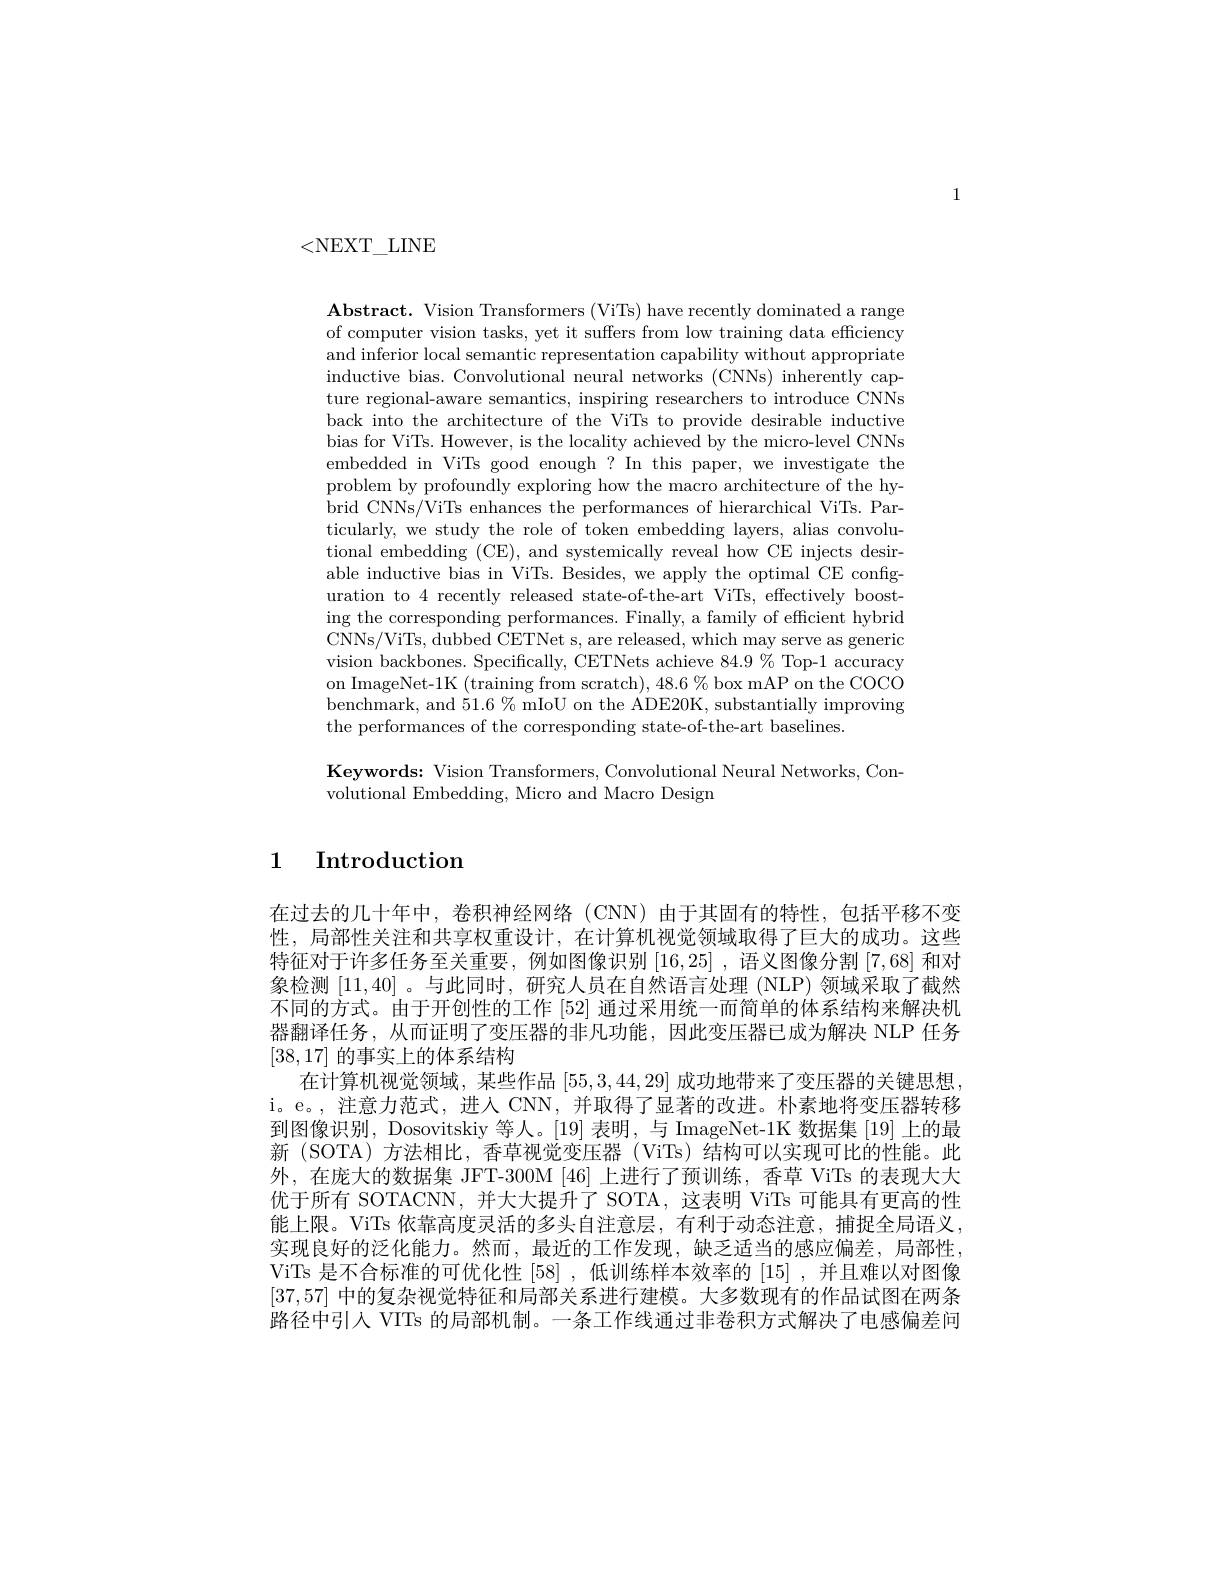
1

<NEXT\_LINE

Abstract. Vision Transformers ( ViTs) have recently dominated a range of computer vision tasks, yet it suffers from low training data efficiency and inferior local semantic representation capability without appropriate inductive bias. Convolutional neural networks (CNNs) inherently capture regional-aware semantics, inspiring researchers to introduce CNNs back into the architecture of the ViTs to provide desirable inductive bias for ViTs. However, is the locality achieved by the micro-level CNNs embedded in ViTs good enough ? In this paper, we investigate the problem by profoundly exploring how the macro architecture of the hybrid CNNs/ViTs enhances the performances of hierarchical ViTs. Particularly, we study the role of token embedding layers, alias convolutional embedding (CE), and systemically reveal how CE injects desirable inductive bias in ViTs. Besides, we apply the optimal CE configuration to 4 recently released state-of-the-art ViTs, effectively boosting the corresponding performances. Finally, a family of efficient hybrid CNNs/ViTs, dubbed CETNet s, are released, which may serve as generic vision backbones. Specifically, CETNets achieve 84.9% Top-1 accuracy on ImageNet-1K (training from scratch), 48.6% box mAP on the COCO benchmark, and $51.6\%$ mIoU on the ADE20K, substantially improving the performances of the corresponding state-of-the-art baselines.

Keywords: Vision Transformers, Convolutional Neural Networks, Con-
volutional Embedding, Micro and Macro Design

## 1 Introduction

在过去的几十年中，卷积神经网络(CNN)由于其固有的特性，包括平移不变性，局部性关注和共享权重设计，在计算机视觉领域取得了巨大的成功。这些特征对于许多任务至关重要，例如图像识别[16,25] ,语义图像分割[7,68]和对象检测[11,40] 。与此同时，研究人员在自然语言处理 (NLP) 领域采取了截然不同的方式。由于开创性的工作[52]通过采用统一而简单的体系结构来解决机器翻译任务，从而证明了变压器的非凡功能，因此变压器已成为解决 NLP 任务[38,17]的事实上的体系结构
在计算机视觉领域，某些作品[55,3,44,29]成功地带来了变压器的关键思想i。e。, 注意力范式，进人 CNN, 并取得了显著的改进。朴素地将变压器转移到图像识别，Dosovitskiy 等人。[19] 表明，与 ImageNet-1K 数据集 [19] 上的最新 (SOTA) 方法相比，香草视觉变压器 (ViTs) 结构可以实现可比的性能。此外，在庞大的数据集 JFT-300M [46]上进行了预训练，香草 ViTs 的表现大大优于所有 SOTACNN,并大大提升了 SOTA,这表明 ViTs 可能具有更高的性能上限。ViTs 依靠高度灵活的多头自注意层，有利于动态注意，捕捉全局语义， 实现良好的泛化能力。然而，最近的工作发现，缺乏适当的感应偏差，局部性ViTs 是不合标准的可优化性[58] ,低训练样本效率的[15] ,并且难以对图像[37,57]中的复杂视觉特征和局部关系进行建模。大多数现有的作品试图在两条路径中引人 VITs 的局部机制。一条工作线通过非卷积方式解决了电感偏差问